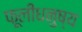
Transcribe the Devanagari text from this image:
फूलीधनुष्य